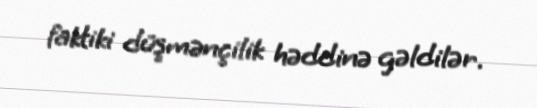
faktiki düşmənçilik həddinə gəldilər.